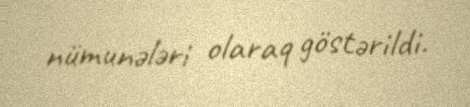
nümunələri olaraq göstərildi.